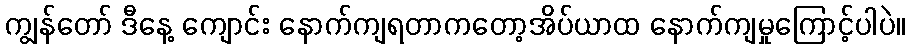
ကျွန်တော် ဒီနေ့ ကျောင်း နောက်ကျရတာကတော့အိပ်ယာထ နောက်ကျမှုကြောင့်ပါပဲ။